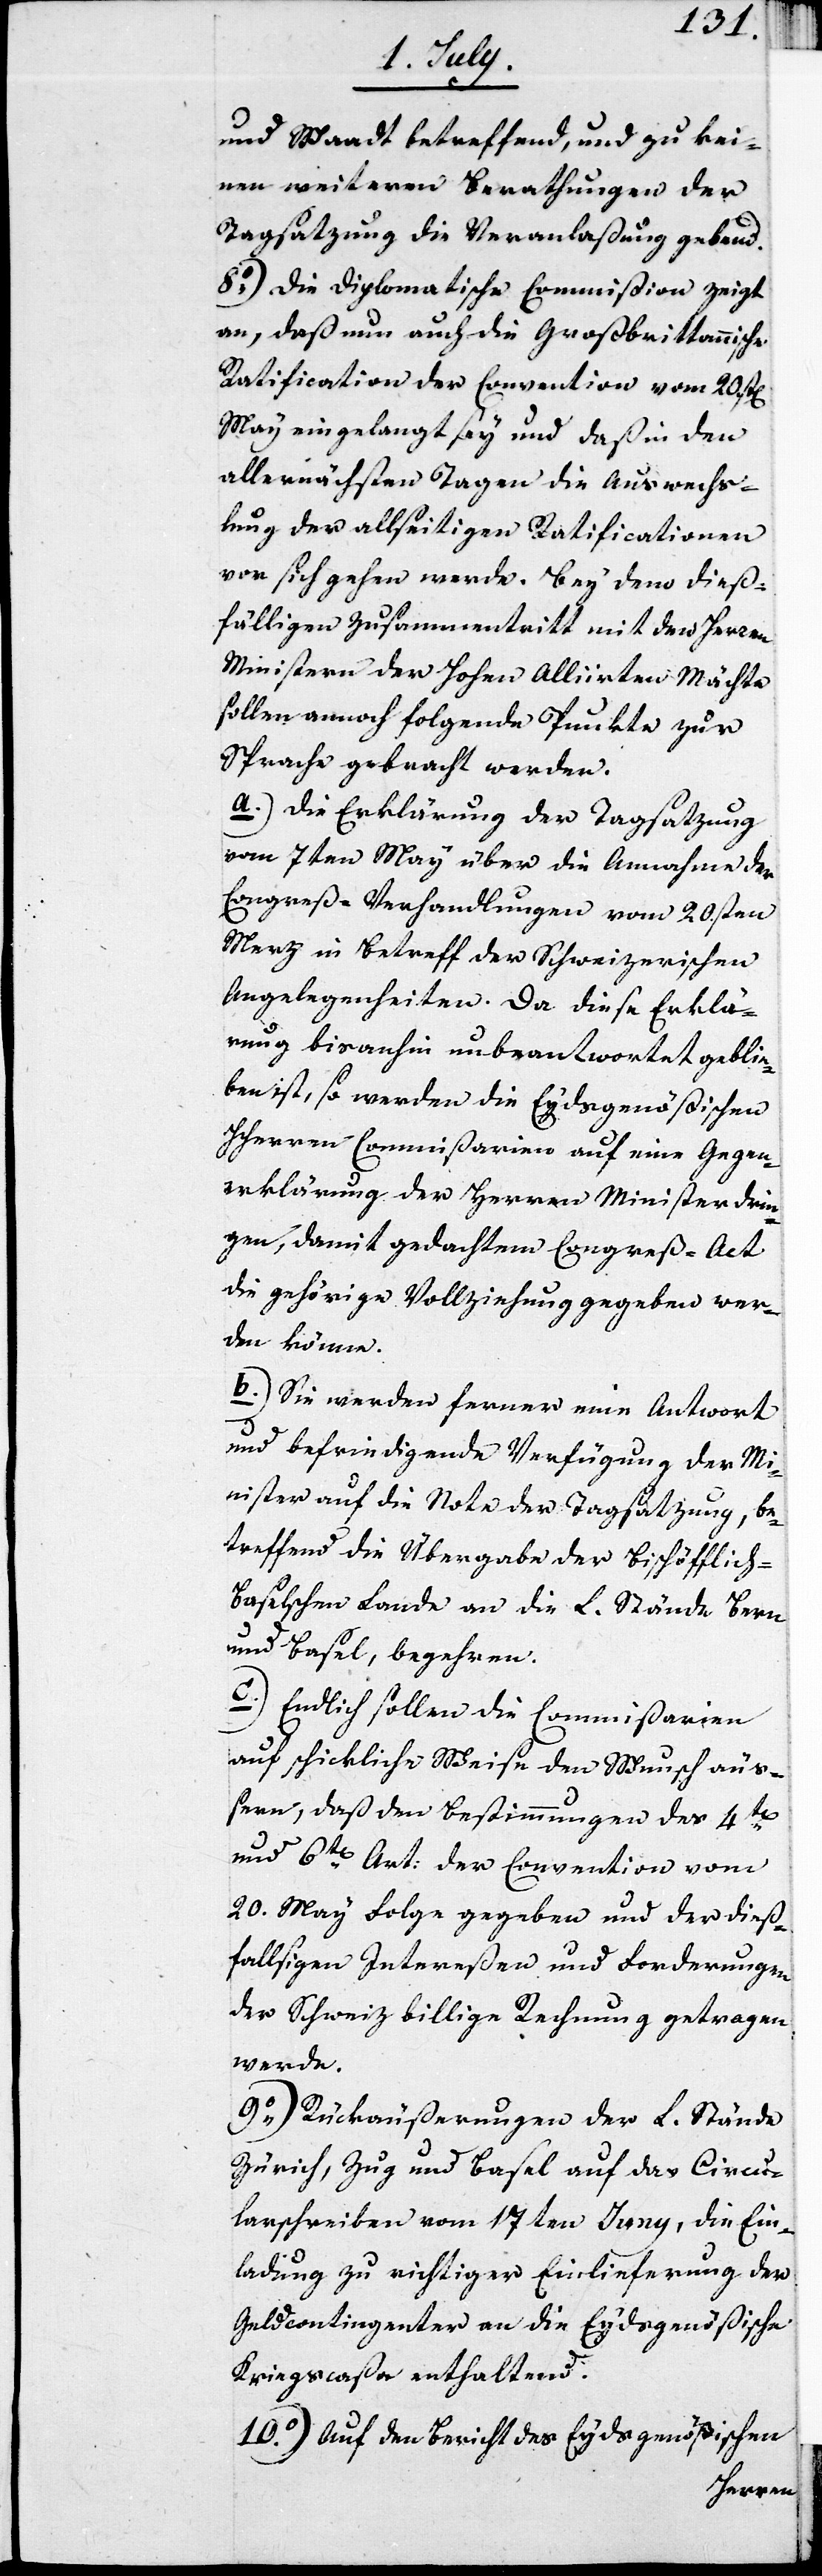
und Waadt betreffend. und zu kei¬
nen weiteren Berathungen der
Tagsatzung die Veranlaßung gebend.
8o) Die Diplomatische Commißion zeigt
an, daß nun auch die Großbrittannische
Ratification der Convention vom 20st[en]
May eingelangt sey und daß in den
allernächsten Tagen die Auswechs¬
lung der allseitigen Ratification
vor sich gehen werde. Bey dem dieß¬
fälligen Zusammentritt mit den Herren
Ministern der Hohen Alliirten Mächte
sollen annoch folgende Punkte zur
Sprache gebracht werden.
a.) Die Erklärung der Tagsatzung
vom 7ten May über die Annahme der
Congreß-Verhandlungen vom 20.sten
Merz in Betreff der Schweizerischen
Angelegenheiten. Da diese Erklä¬
rung bis anhin unbeantwortet geblie¬
ben ist, so werden die Eydsgenößischen
Herren Commißarien auf eine Gegen¬
erklärung der Herren Minister drin¬
gen, damit gedachtem Congreß-Act
die gehörige Vollziehung gegeben wer¬
den könne.
b.) Sie werden ferner eine Antwort
und befriedigende Verfügung der Mi¬
nister auf die Note der Tagsatzung, be¬
treffend die Übergabe der Bischöfflich-B¬
aselschen Lande an die L. Stände Bern
und Basel, begehren.
c.) Endlich sollen die Commißarien
auf schickliche Weise den Wunsch äuß¬
ern, daß den Bestimmungen des 4ten
und 6ten Art. der Convention vom
20. May Folge gegeben und der dieß¬
fallsigen Intereßen und Forderungen
der Schweiz billige Rechnung getragen
werde.
9o) Rückäußerungen der L. Stände
Zürich, Zug und Basel auf das Circu¬
larschreiben vom 17ten Juny, die Ein¬
ladung zu richtiger Einlieferung der
Geldcontingenter an die Eydgenößische
Kriegscaßa enthaltend.
10o) Auf den Bericht des Eydsgenößischen